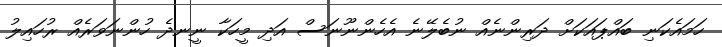
ހަމައެކަނި ބައްޕައަކަށް ދަރިންނެއް ނުބެލޭނެ އެހެންނޫނަސް އަދި މީހަކާ ނީނދެ ހުންނަވަރެއް ރުހައިލު